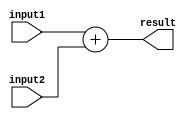
module N_bit_adder(input1,input2,result);
parameter N=32;
input [N-1:0] input1,input2;
output [N-1:0] result;

assign result=input1+input2;

endmodule